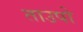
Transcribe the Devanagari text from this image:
ताउपो